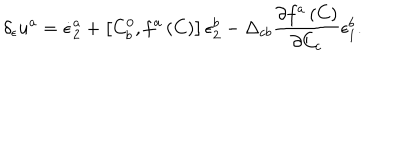
\delta _ { \epsilon } u ^ { a } = \dot { \epsilon } _ { 2 } ^ { a } + \left[ C _ { b } ^ { 0 } , f ^ { a } \left( C \right) \right] \epsilon _ { 2 } ^ { b } - \Delta _ { c b } \frac { \partial f ^ { a } \left( C \right) } { \partial C _ { c } } \epsilon _ { 1 } ^ { b } .